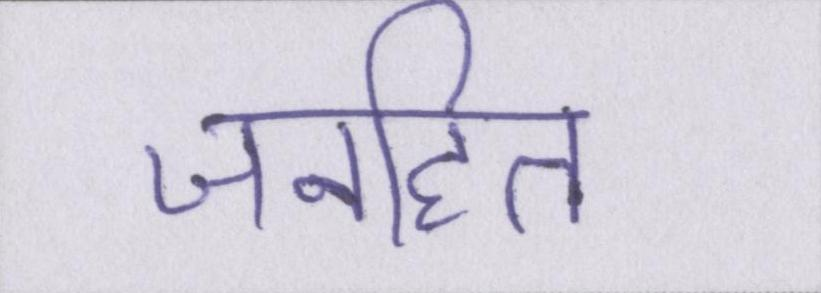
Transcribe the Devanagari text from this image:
जनहित